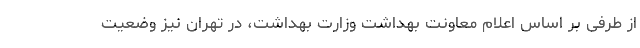
از طرفی بر اساس اعلام معاونت بهداشت وزارت بهداشت، در تهران نیز وضعیت